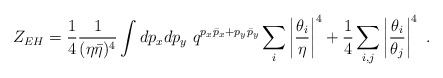
\begin{align*}Z_{EH} = {1\over 4}{1\over (\eta\bar\eta)^4}\int dp_xdp_y \,\,q^{p_x\bar p_x + p_y\bar p_y}\sum_i\left|{\theta_i\over \eta}\right|^4 + {1\over 4}\sum_{i,j}\left|{\theta_i\over\theta_j}\right|^4\,\, .\end{align*}